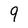
Character: 9